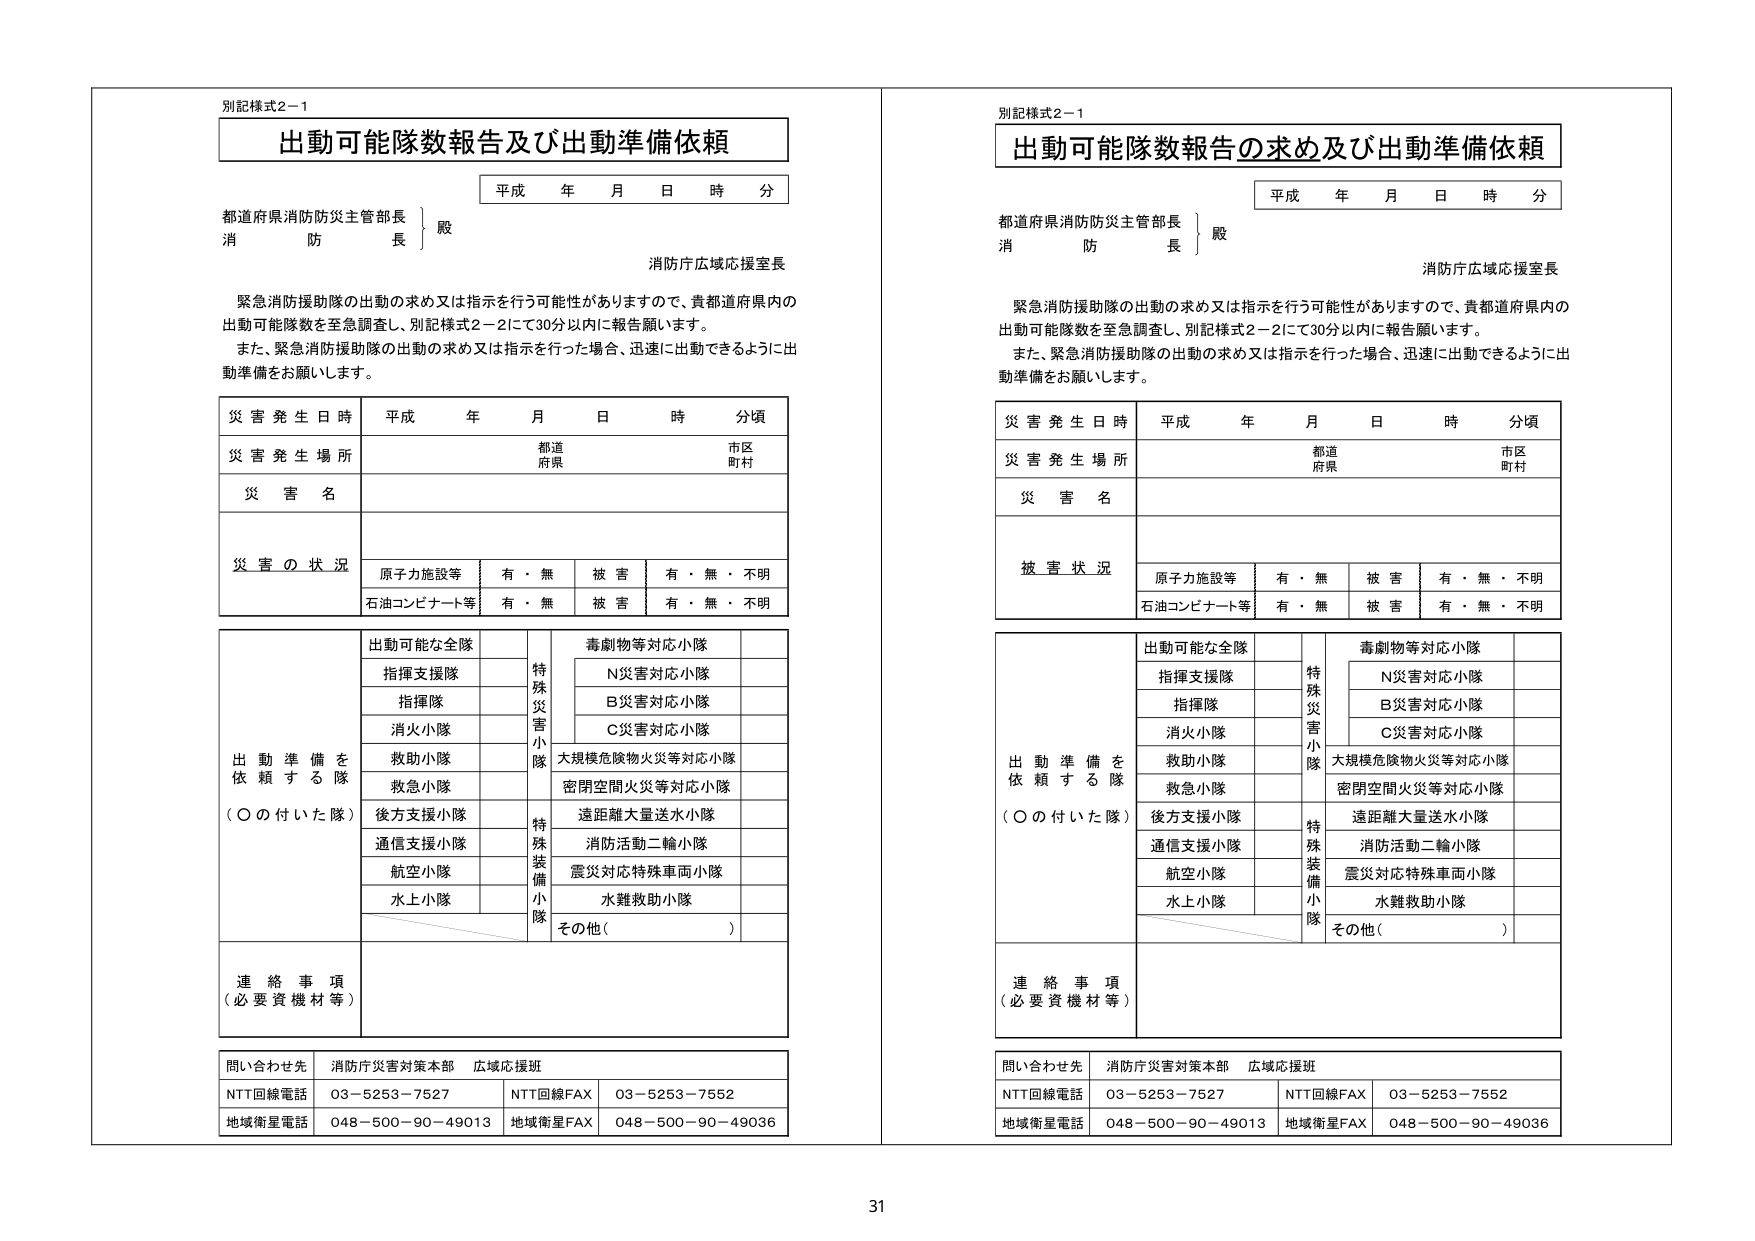
別記様式2－1
出動可能隊数報告及び出動準備依頼

平成 年 月 日 時 分

都道府県消防防災主管部長
消防長
殿
消防庁広域応援室長

緊急消防援助隊の出動の求め又は指示を行う可能性がありますので、貴都道府県内の
出動可能隊数を至急調査し、別記様式2－2にて30分以内に報告願います。
また、緊急消防援助隊の出動の求め又は指示を行った場合、迅速に出動できるように出
動準備をお願いします。

災害発生日時 平成 年 月 日 時 分頃
災害発生場所 都道府県 市区町村
災害名
災害の状況
原子力施設等 有・無 被害 有・無・不明
石油コンビナート等 有・無 被害 有・無・不明

出動準備を依頼する隊（○の付いた隊）
出動可能な全隊
特殊災害小隊
毒劇物等対応小隊
N災害対応小隊
B災害対応小隊
C災害対応小隊
大規模危険物火災等対応小隊
密閉空間火災等対応小隊
遠距離大量送水小隊
消防活動二輪小隊
震災対応特殊車両小隊
水難救助小隊
その他（ ）
指揮支援隊
指揮隊
消火小隊
救助小隊
救急小隊
後方支援小隊
通信支援小隊
航空小隊
水上小隊
特殊装備小隊

連絡事項（必要資機材等）

問い合わせ先 消防庁災害対策本部 広域応援班
NTT回線電話 03－5253－7527 NTT回線FAX 03－5253－7552
地域衛星電話 048－500－90－49013 地域衛星FAX 048－500－90－49036

別記様式2－1
出動可能隊数報告の求め及び出動準備依頼

平成 年 月 日 時 分

都道府県消防防災主管部長
消防長
殿
消防庁広域応援室長

緊急消防援助隊の出動の求め又は指示を行う可能性がありますので、貴都道府県内の
出動可能隊数を至急調査し、別記様式2－2にて30分以内に報告願います。
また、緊急消防援助隊の出動の求め又は指示を行った場合、迅速に出動できるように出
動準備をお願いします。

災害発生日時 平成 年 月 日 時 分頃
災害発生場所 都道府県 市区町村
災害名
被害状況
原子力施設等 有・無 被害 有・無・不明
石油コンビナート等 有・無 被害 有・無・不明

出動準備を依頼する隊（○の付いた隊）
出動可能な全隊
特殊災害小隊
毒劇物等対応小隊
N災害対応小隊
B災害対応小隊
C災害対応小隊
大規模危険物火災等対応小隊
密閉空間火災等対応小隊
遠距離大量送水小隊
消防活動二輪小隊
震災対応特殊車両小隊
水難救助小隊
その他（ ）
指揮支援隊
指揮隊
消火小隊
救助小隊
救急小隊
後方支援小隊
通信支援小隊
航空小隊
水上小隊
特殊装備小隊

連絡事項（必要資機材等）

問い合わせ先 消防庁災害対策本部 広域応援班
NTT回線電話 03－5253－7527 NTT回線FAX 03－5253－7552
地域衛星電話 048－500－90－49013 地域衛星FAX 048－500－90－49036

31